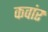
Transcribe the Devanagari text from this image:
कवांर